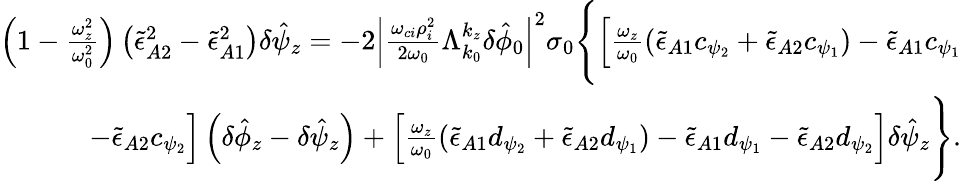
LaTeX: \begin{array}{r}{\left(1-\frac{\omega_{z}^{2}}{\omega_{0}^{2}}\right)\left(\tilde{\epsilon}_{A2}^{2}-\tilde{\epsilon}_{A1}^{2}\right)\delta\hat{\psi}_{z}=-2\left|\frac{\omega_{ci}\rho_{i}^{2}}{2\omega_{0}}\Lambda_{k_{0}}^{k_{z}}\delta\hat{\phi}_{0}\right|^{2}\sigma_{0}\Bigg\{ \Big[\frac{\omega_{z}}{\omega_{0}}\left(\tilde{\epsilon}_{A1}c_{\psi_{2}}+\tilde{\epsilon}_{A2}c_{\psi_{1}}\right)-\tilde{\epsilon}_{A1}c_{\psi_{1}}}\\ {-\tilde{\epsilon}_{A2}c_{\psi_{2}}\Big]\left(\delta\hat{\phi}_{z}-\delta\hat{\psi}_{z}\right)+\left[\frac{\omega_{z}}{\omega_{0}}\left(\tilde{\epsilon}_{A1}d_{\psi_{2}}+\tilde{\epsilon}_{A2}d_{\psi_{1}}\right)-\tilde{\epsilon}_{A1}d_{\psi_{1}}-\tilde{\epsilon}_{A2}d_{\psi_{2}}\right]\delta\hat{\psi}_{z}\Bigg\} .}\end{array}